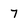
Character: 7